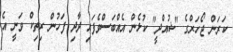
ކަރަން ޖޯހަރްގެ "ޝުއްދީ" ކުޅެން އެއްބަސްވެފައި ދާދި ފަހުން ރިތިކް ވަނީ އެ